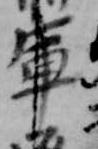
軍